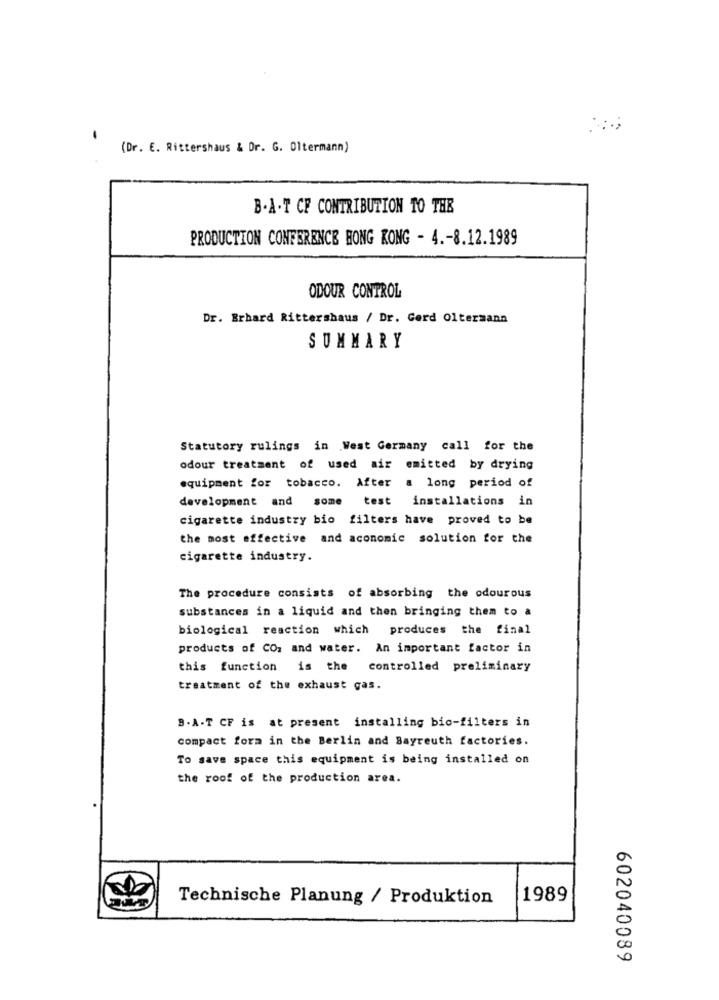
(Dr. E. Rittershaus & Dr. G. Oltermann)
B.A.T CF CONTRIBUTION TO THE
PRODUCTION CONFERENCE HONG KONG - 4 .- 8.12.1989
ODOUR CONTROL
Dr. Brhard Rittershaus / Dr. Gerd Oltermann
SUMMARY
Statutory rulings in West Germany call for the
odour treatment of used air emitted by drying
equipment for tobacco. After a long period of
development and some
test installations in
cigarette industry bio filters have proved to be
the most effective and aconomic solution for the
cigarette industry.
The procedure consists of absorbing the odourous
substances in a liquid and then bringing them to a
biological reaction which produces the final
products of CO. and water. An important factor in
this function is the controlled preliminary
treatment of the exhaust gas.
9. A-T CF is at present installing bio-filters in
compact form in the Berlin and Bayreuth factories.
To save space this equipment is being installed on
the roof of the production area.
Technische Planung / Produktion
1989
602040089